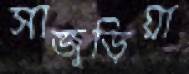
সাজুড়িয়া